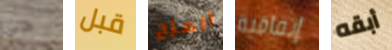
حتى قبل المزح إتفاقية أبقه